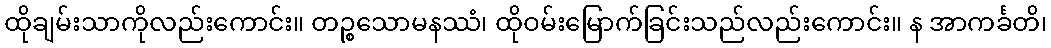
ထိုချမ်းသာကိုလည်းကောင်း။ တဉ္စသောမနဿံ၊ ထိုဝမ်းမြောက်ခြင်းသည်လည်းကောင်း။ န အာကင်္ခတိ၊